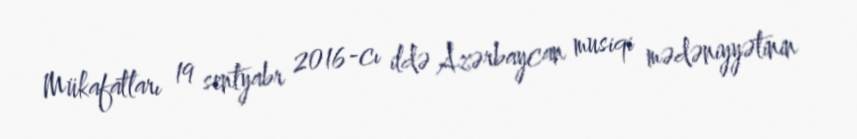
Mükafatları 19 sentyabr 2016-cı ildə Azərbaycan musiqi mədəniyyətinin